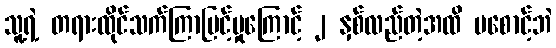
သူ့ရဲ့ တရားထိုင်သက်ကြာမြင့်မှုကြောင့် ၂ နှစ်လည်တဲ့အထိ မစောင့်ဘဲ